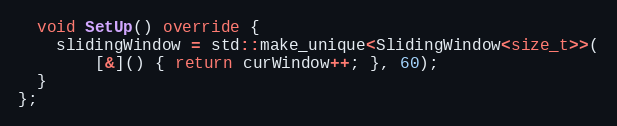
Language: C++
  void SetUp() override {
    slidingWindow = std::make_unique<SlidingWindow<size_t>>(
        [&]() { return curWindow++; }, 60);
  }
};